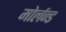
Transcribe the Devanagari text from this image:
मोर्लन्ड